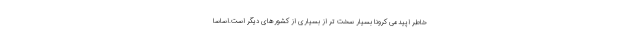
خاطر اپیدمی کرونا بسیار سخت تر از بسیاری از کشورهای دیگر است.اساسا